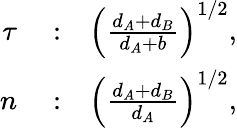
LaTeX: \begin{array}{rlr}{\tau}&{{}:}&{\left(\frac{d_{A}+d_{B}}{d_{A}+b}\right)^{1/2},}\\ {n}&{{}:}&{\left(\frac{d_{A}+d_{B}}{d_{A}}\right)^{1/2},}\end{array}